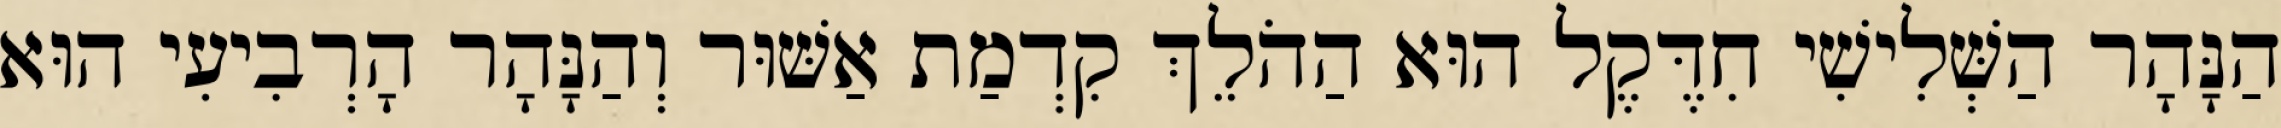
הַנָּהָר הַשְּׁלִישִׁי חִדֶּקֶל הוּא הַהֹלֵךְ קִדְמַת אַשּׁוּר וְהַנָּהָר הָרְבִיעִי הוּא